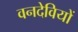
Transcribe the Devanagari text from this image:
वनदेवियों